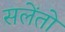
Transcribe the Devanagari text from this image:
सलेंतो